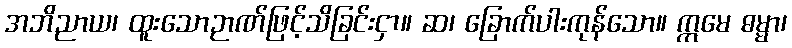
အဘိညာယ၊ ထူးသောဉာဏ်ဖြင့်သိခြင်းငှာ။ ဆ၊ ခြောက်ပါးကုန်သော။ ဣမေ ဓမ္မာ၊